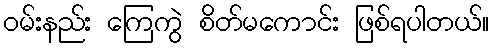
ဝမ်းနည်း ကြေကွဲ စိတ်မကောင်း ဖြစ်ရပါတယ်။